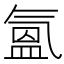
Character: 氳